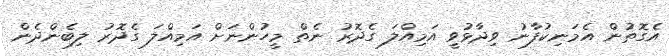
އެގޮތުން އެމަނިކުފާނު ވިދާޅުވީ އަމިއްލަ ގެދޮރު ނެތް މީހުންނަށް އަމިއްލަ ގެދޮރު ލިބެންދެން